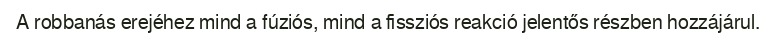
A robbanás erejéhez mind a fúziós, mind a fissziós reakció jelentős részben hozzájárul.